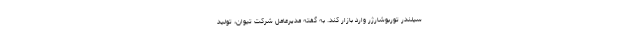
سیلندر توربوشارژر وارد بازار کند. به گفته مدیرعامل شرکت تیوان، تولید